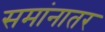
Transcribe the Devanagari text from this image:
समांनातर